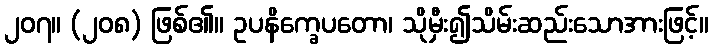
၂၀၇။ (၂၀၈) ဖြစ်၏။ ဥပနိက္ခေပတော၊ သိုမှီး၍သိမ်းဆည်းသောအားဖြင့်။